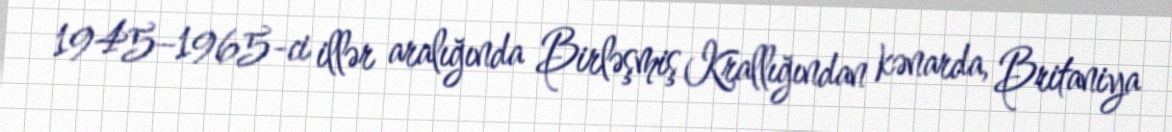
1945–1965-ci illər aralığında Birləşmiş Krallığından kənarda, Britaniya